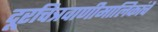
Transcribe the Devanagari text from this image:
दूरचित्रवाणीमालिकांचे